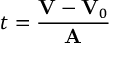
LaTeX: t = { \frac { \mathbf { V } - \mathbf { V } _ { 0 } } { \mathbf { A } } }